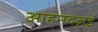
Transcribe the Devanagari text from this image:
आहमदज़ई